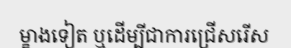
ម្ខាងទៀត ឬដើម្បីជាការជ្រើសរើស